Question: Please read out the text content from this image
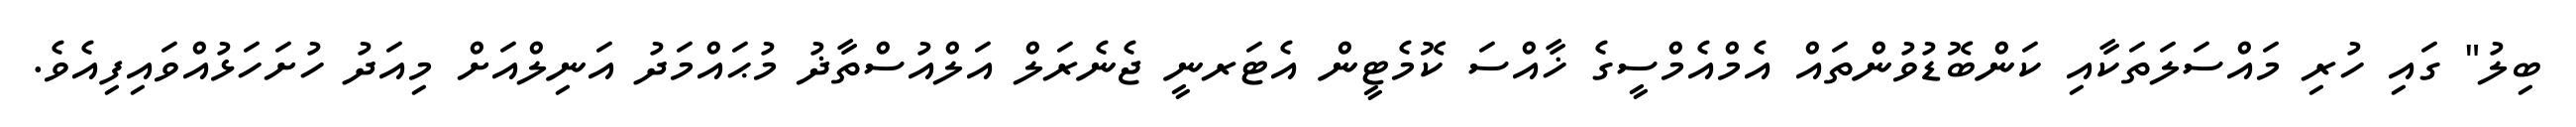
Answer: ބިލު" ގައި ހުރި މައްސަލަތަކާއި ކަންބޮޑުވުންތައް އެމްއެމްސީގެ ޚާއްސަ ކޮމެޓީން އެޓަރނީ ޖެނެރަލް އަލްއުސްތާޛު މުޙައްމަދު އަނިލްއަށް މިއަދު ހުށަހަޅުއްވައިފިއެވެ.